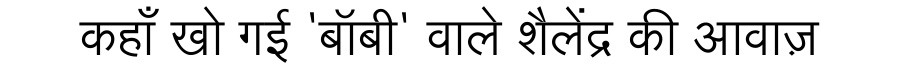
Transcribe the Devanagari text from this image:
कहाँ खो गई 'बॉबी' वाले शैलेंद्र की आवाज़